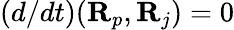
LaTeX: (d/dt)({\mathbf R}_{p},{\mathbf R}_{j})=0